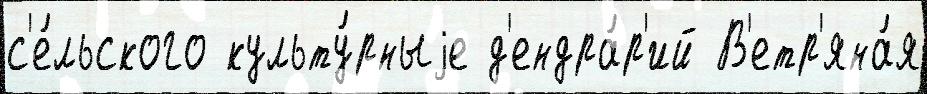
с'е́льского культу́рныjе д'ендра́р'ий В'етр'яна́я